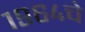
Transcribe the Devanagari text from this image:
१९६४चे